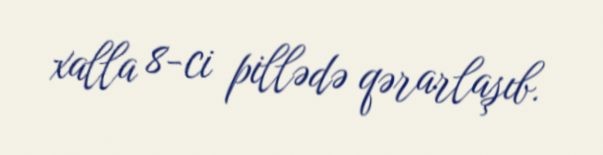
xalla 8-ci pillədə qərarlaşıb.